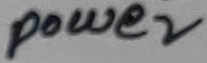
Text: power